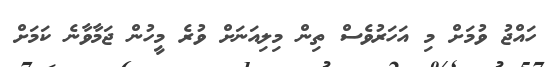
ހައްޖު ވުމަށް މި އަހަރުވެސް ތިން މިލިއަނަށް ވުރެ މީހުން ޖަމާވާނެ ކަމަށް